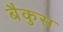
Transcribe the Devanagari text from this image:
बैकुस